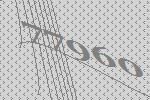
77960